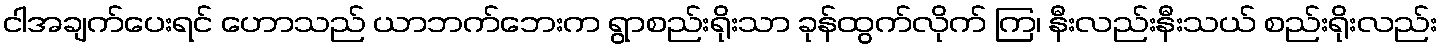
ငါအချက်ပေးရင် ဟောသည် ယာဘက်ဘေးက ရွာစည်းရိုးသာ ခုန်ထွက်လိုက် ကြ၊ နီးလည်းနီးသယ် စည်းရိုးလည်း